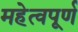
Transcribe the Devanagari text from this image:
महेत्वपूर्ण